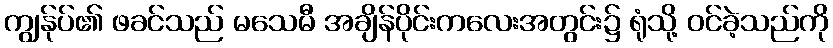
ကျွန်ုပ်၏ ဖခင်သည် မသေမီ အချိန်ပိုင်းကလေးအတွင်း၌ ရုံသို့ ဝင်ခဲ့သည်ကို